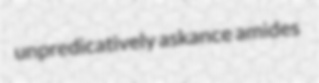
unpredicatively askance amides